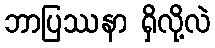
ဘာပြဿနာ ရှိလို့လဲ